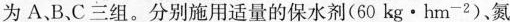
为A、B、C三组。分别施用适量的保水剂(60kg·hm^{-2})、氮